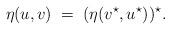
LaTeX: \begin{align*}\eta( u, v) \; = \; ( \eta(v^\star, u^\star) )^\star.\end{align*}